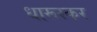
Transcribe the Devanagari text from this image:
धारूरकर